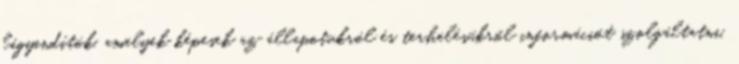
lágyindítók, amelyek képesek az állapotukról és terhelésükről információt szolgáltatni,